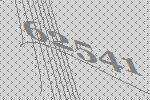
62541